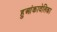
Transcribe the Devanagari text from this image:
हुआंकावेलिका